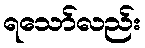
ရသော်လည်း